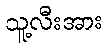
သူ့လီးအား